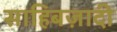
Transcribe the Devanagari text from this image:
साहिबज़ादी